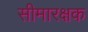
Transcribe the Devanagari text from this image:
सीमारक्षक